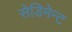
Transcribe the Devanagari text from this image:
सेडिमेन्ट